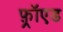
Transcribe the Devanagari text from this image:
फ़्रॉएड